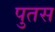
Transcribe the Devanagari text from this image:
पुतस